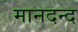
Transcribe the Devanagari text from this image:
मानदन्द